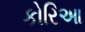
કોરિઆ